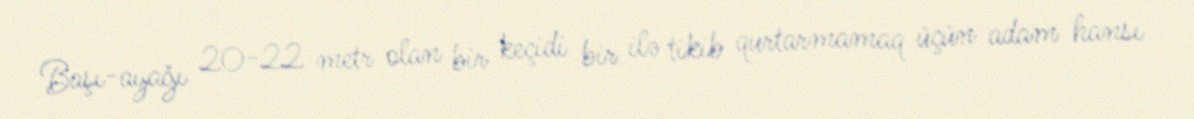
Başı-ayağı 20-22 metr olan bir keçidi bir ilə tikib qurtarmamaq üçün adam hansı